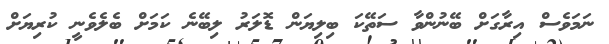
ނަމަވެސް އިރާގަށް ބޭނުންވާ ސަތޭކަ ބިލިޔަން ޑޮލަރު ލިބޭނެ ކަމަށް ބެލެވެނީ ކުރިޔަށް